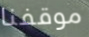
موقفنا